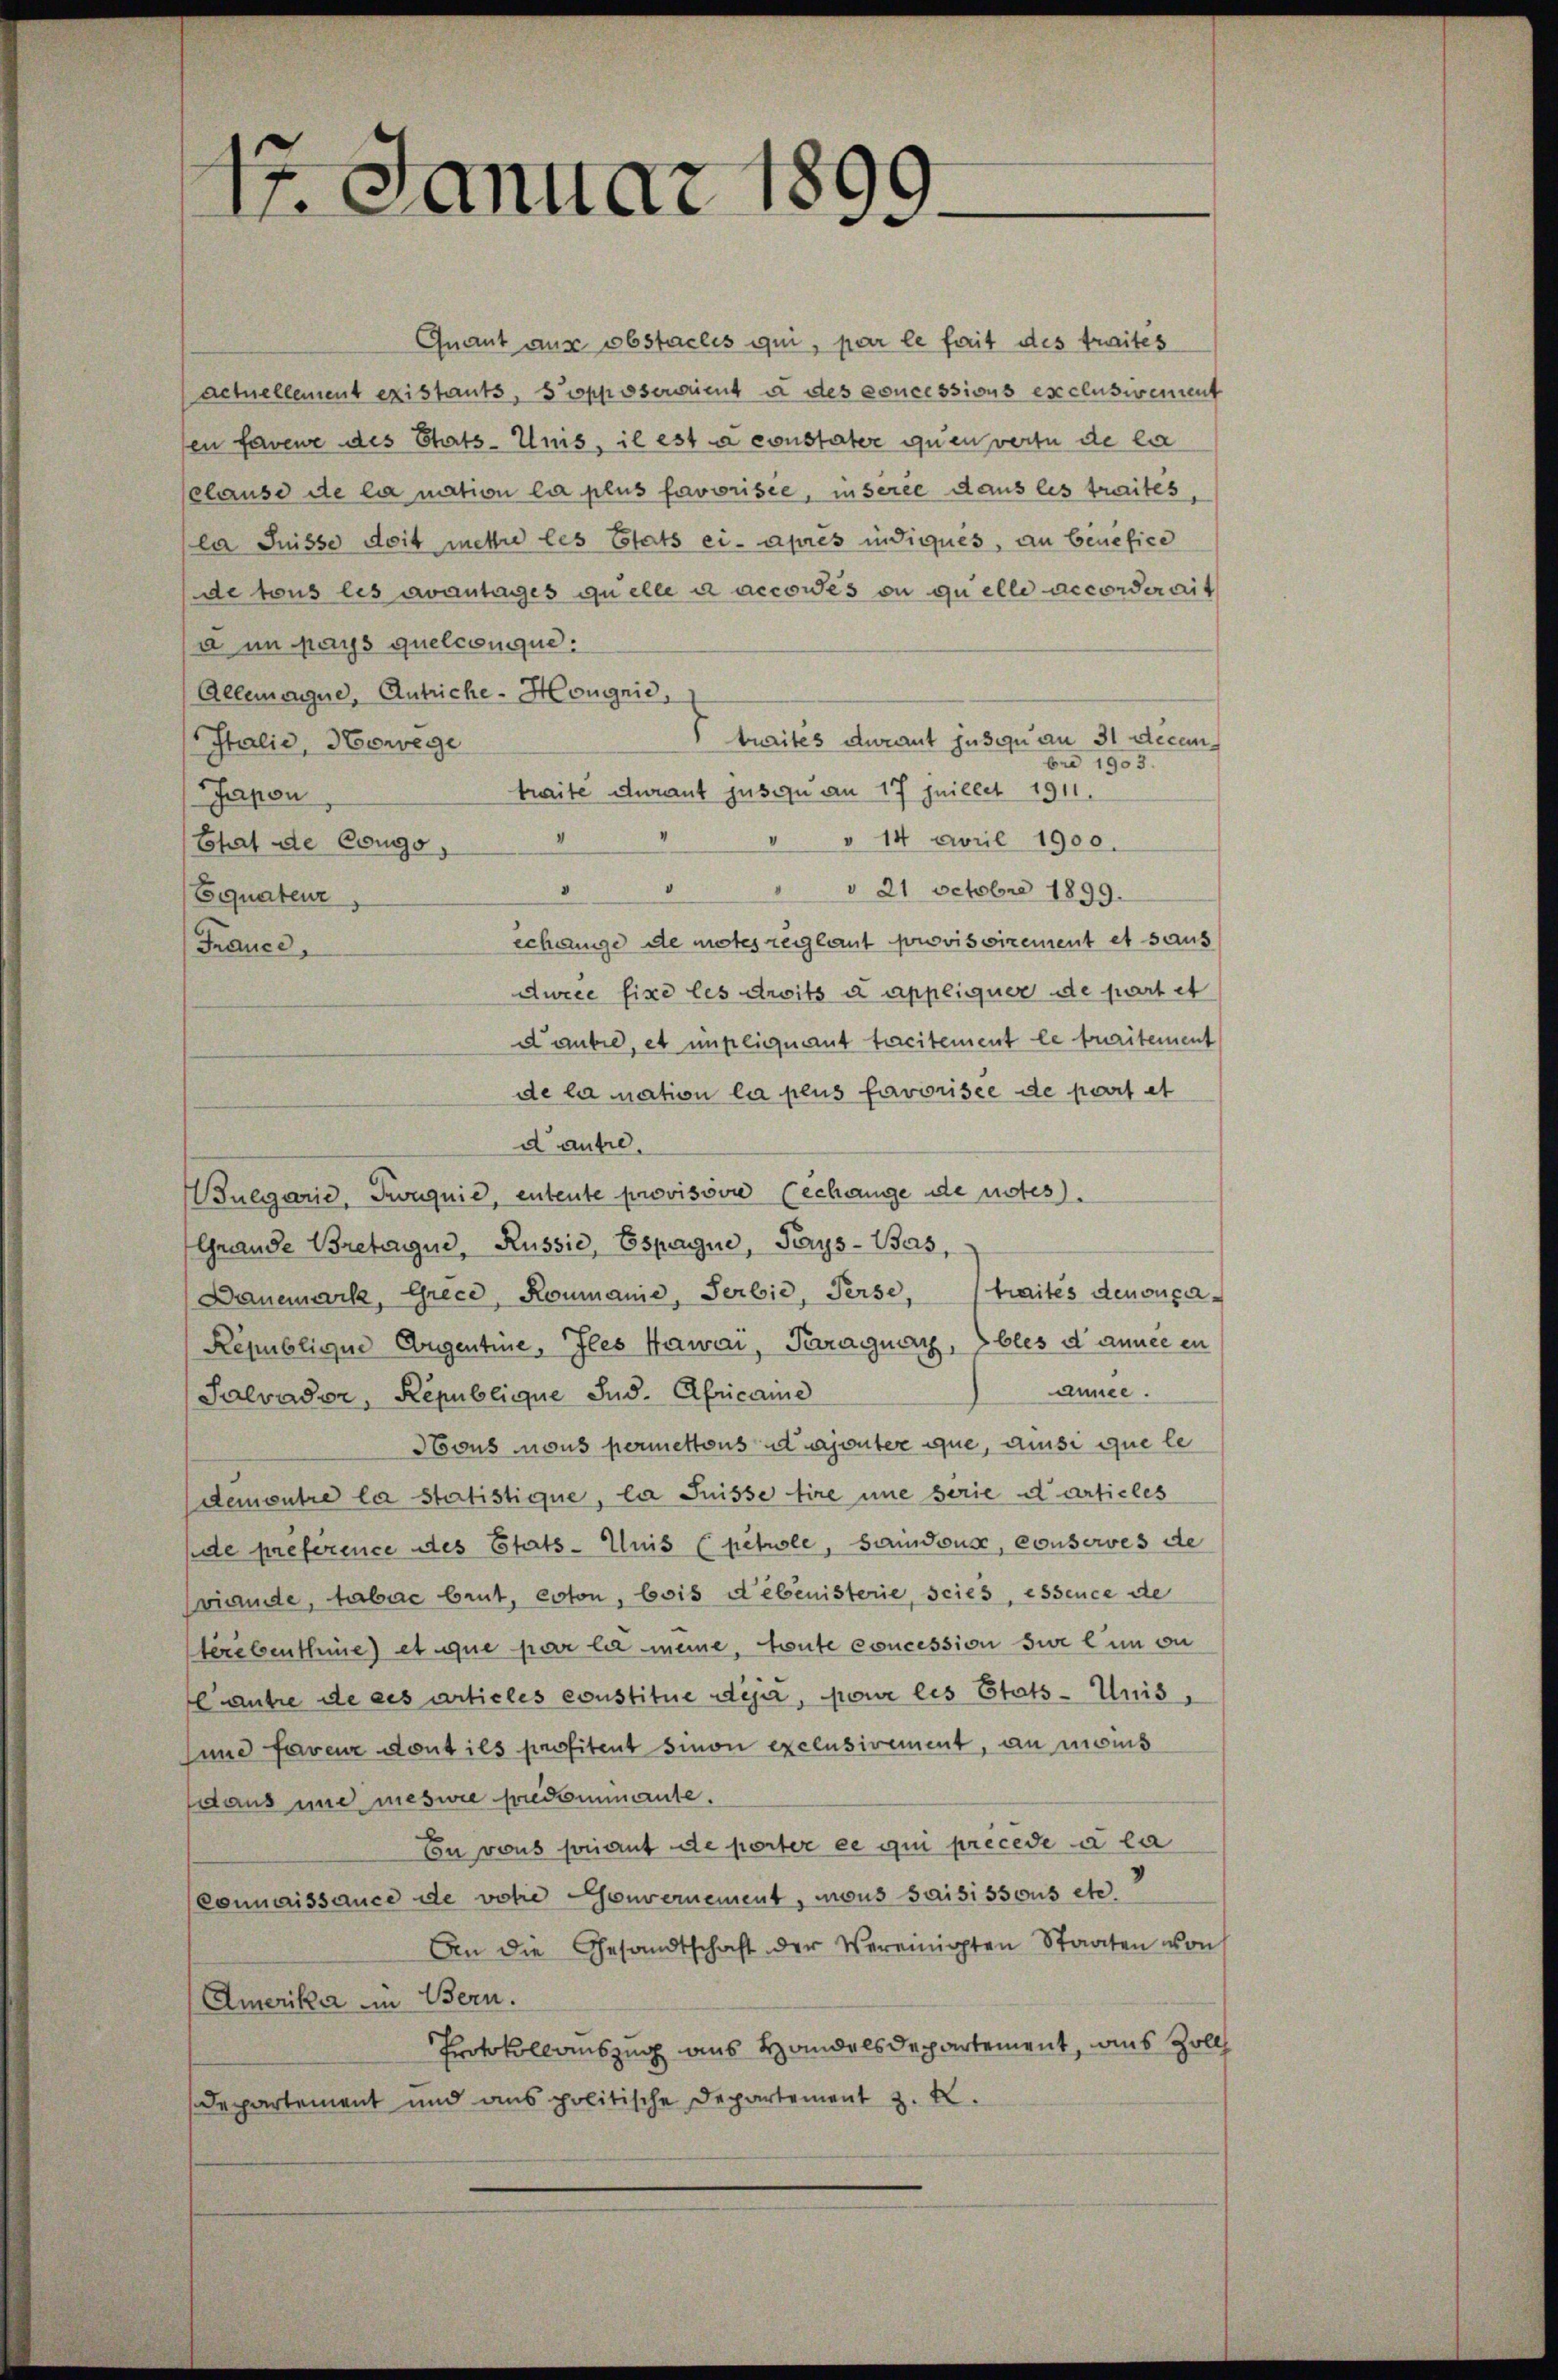
.
1
17. Januar 186

Quant aus obstacles qui, par le fait des traités
actuellement existants, Sipposeraient à des concessions exclusivement
en faveur des Thats-Unis, il est à constater quen vertu de la
clause de la mation la plus favorisie, insérée dans les traites,
la Suisse doit mettre les Etats ci-apres indiqués, an benefice
de tous les avantages quelle a accowes ou quelle accorderait
a in pays quelconque:
Allemongue, Antriche-Hongnić,
braités durant jus zu an 31 Decem¬
Italie, Howege
bre 1903.
traite durant jusquan 17 Juillet 1911.
Japon
" " 14 April 1900.
Etat de Congo
"
d 21 Octobr 1899.
Equarteur
echenge de motes reiglaut provisoirement et saus
France,
ducee fixe les droits a appliquer de part et
daube, et impliquant tacitement le turitement
de la nation la pens favorisée de part et
d autre,
Bulgarie, Trouquie, entente provision Cechange de notes.
Grande Bretaigne, Russić, Espagne, Pays-Bas,
Danemark, Grecd, Romanie, Serbie, Perse, traités denonça
Republique Augentine, Iles Hawai, Paraguay, bles d’année en
annee.
Salvador, Republique Ind. Africaine
Hous nous permettous ajouter que, ansi que le
Demontre la Statistique, la Suisse tire une serie darticles
de preference des Etats- Auis (petuole, Saindous, conserves de
viade, haabac brut, eoton, bois debenisterie, scies, essence de
Herebenthüre et que par la meine, toute concession sie lun ou
antre de des articles constitue deja, pour les Etats-Unis,
und faveur dont ils profitent sinon exclusivement, au monis
daus une meswie friedominante.
En vons sonant de porter ce qui precede a la
Connaissance de votie Gouvernement, mous saisissous etc.
An die Gesandtschaft der Vereinigten Staaten von
Amerika in Bern.
Protokollauszug aus Handelsdepartement, aus Zoll
Departement und aus politische Departement z. K.